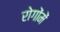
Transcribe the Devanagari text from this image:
रोगोंमें